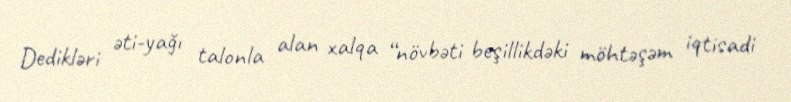
Dedikləri əti-yağı talonla alan xalqa “növbəti beşillikdəki möhtəşəm iqtisadi